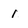
Character: 1